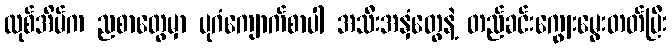
လုစ်အိမ်က ညစာတွေမှာ ပုဂံကျောက်စာပါ အသီးအနှံတွေနဲ့ တည်ခင်းကျွေးမွေးတတ်ပြီး